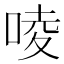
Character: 㖫